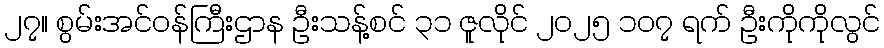
၂၇။ စွမ်းအင်ဝန်ကြီးဌာန ဦးသန့်စင် ၃၁ ဇူလိုင် ၂၀၂၅ ၁၀၇ ရက် ဦးကိုကိုလွင်